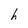
Character: h